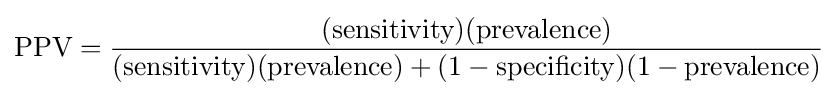
{\text{PPV}}={\frac {({\text{sensitivity}})({\text{prevalence}})}{({\text{sensitivity}})({\text{prevalence}})+(1-{\text{specificity}})(1-{\text{prevalence}})}}